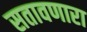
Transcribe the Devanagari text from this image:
सतावणारा